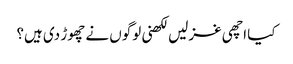
کیا اچھی غزلیں لکھنی لوگوں نے چھوڑ دی ہیں؟